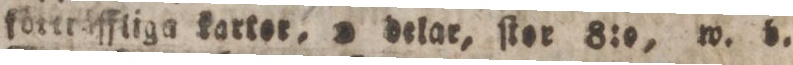
förträfftiga karter, 2 delar, ſtor 8:o, w. b.